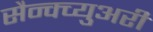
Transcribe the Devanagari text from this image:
सैन्क्च्युअरी